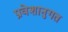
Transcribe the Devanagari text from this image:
प्रवेशानुगत